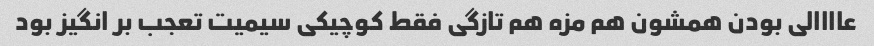
عاااالی بودن همشون هم مزه هم تازگی فقط کوچیکی سیمیت تعجب بر انگیز بود